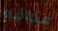
مذاقه